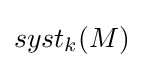
{\textstyle syst_{k}(M)}